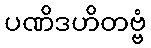
ပဏိဒဟိတဗ္ဗံ